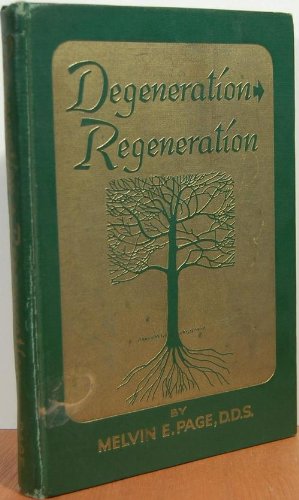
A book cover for Degeneration, regeneration; Melvin E Page; Medical Books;